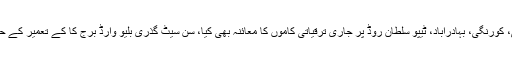
سید مراد علی شاہ ن شہر کے دورے کے دوران لانڈھی، کورنگی، بہادرآباد، ٹیپو سلطان روڈ پر جاری ترقیاتی کاموں کا معائنہ بھی کیا، سن سیٹ گذری بلیو وارڈ برج کا کے تعمیر کے حوالے سے متعلقہ افسران نے وزیر اعلیٰ کو بریفنگ دی۔